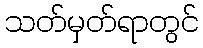
သတ်မှတ်ရာတွင်